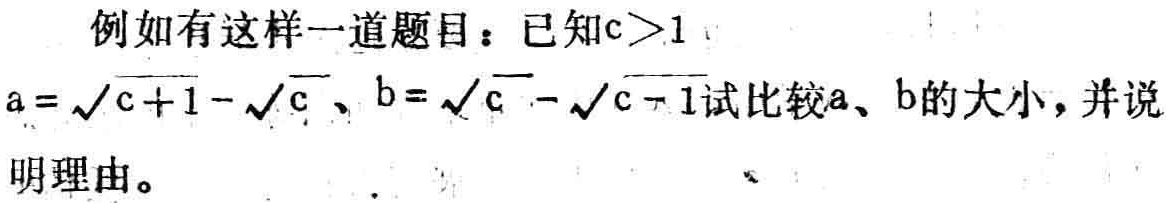
例如有这样一道题目：已知\(c > 1\)，\(a = \sqrt{c + 1} - \sqrt{c}\)，\(b = \sqrt{c} - \sqrt{c - 1}\)试比较\(a\)、\(b\)的大小，并说明理由。